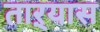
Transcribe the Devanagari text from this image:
ताऱ्यास